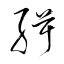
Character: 緝